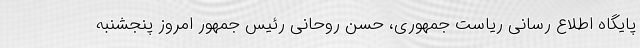
پایگاه اطلاع رسانی ریاست جمهوری، حسن روحانی رئیس جمهور امروز پنجشنبه